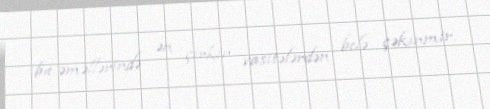
bu əməllərində ən çirkin vasitələrdən belə çəkinmir.